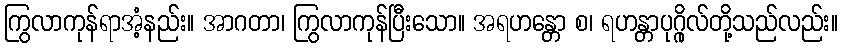
ကြွလာကုန်ရာအံ့နည်း။ အာဂတာ၊ ကြွလာကုန်ပြီးသော။ အရဟန္တော စ၊ ရဟန္တာပုဂ္ဂိုလ်တို့သည်လည်း။